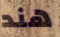
هند